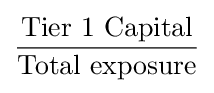
{\frac {\mbox{Tier 1 Capital}}{\mbox{Total exposure}}}